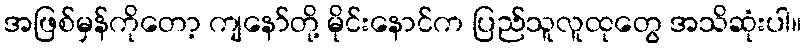
အဖြစ်မှန်ကိုတော့ ကျနော်တို့ မိုင်းနောင်က ပြည်သူလူထုတွေ အသိဆုံးပါ။